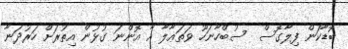
ބޮޑާކަން ފިލާގޮސް  ސުބްހާނަހޫ ވަތަޢާލާ އާ އޮންނަ ގުޅުން އިތުރަށް ހަރުދަނާ